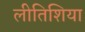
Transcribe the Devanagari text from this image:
लीतिशिया